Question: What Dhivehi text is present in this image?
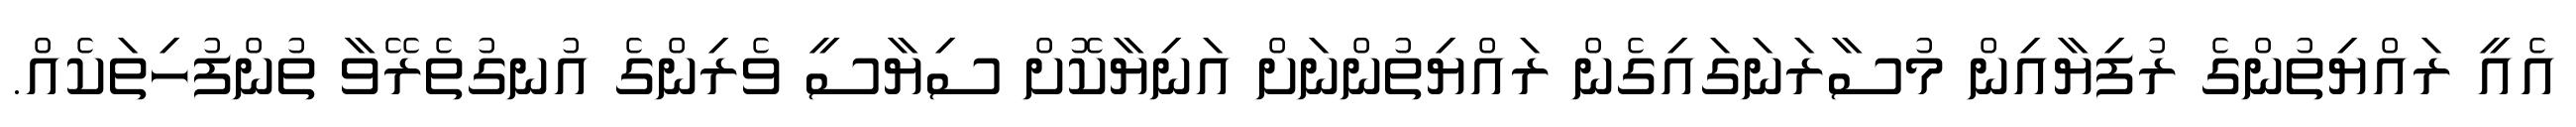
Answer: އެއީ ރައްޔިތުންގެ ރުފިޔާއިން މުސާރަނަގައިގެން ރައްޔިތުންނަށް އަނިޔާކޮށް ސިޔާސީ ވެރިންގެ އުނގުތެރޭވާ ތުންފުހިތަކެއް.